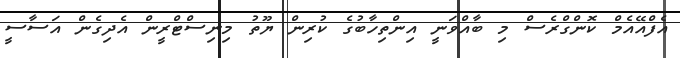
އެފްއޭއެމް ކޮންގްރެސް މި ބާއްވަނީ އިންތިހާބުގެ ކުރިން ޔޫތު މިނިސްޓްރީން އެދިގެން އަސާސީ